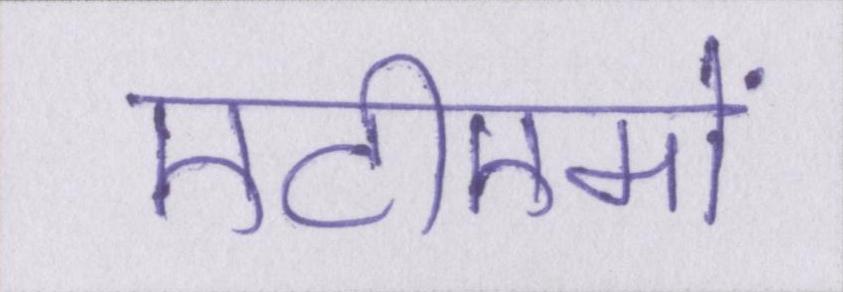
एटीएमों